Scientific memoirs by medical officers of the Army of India - Part III,
Year: 1887
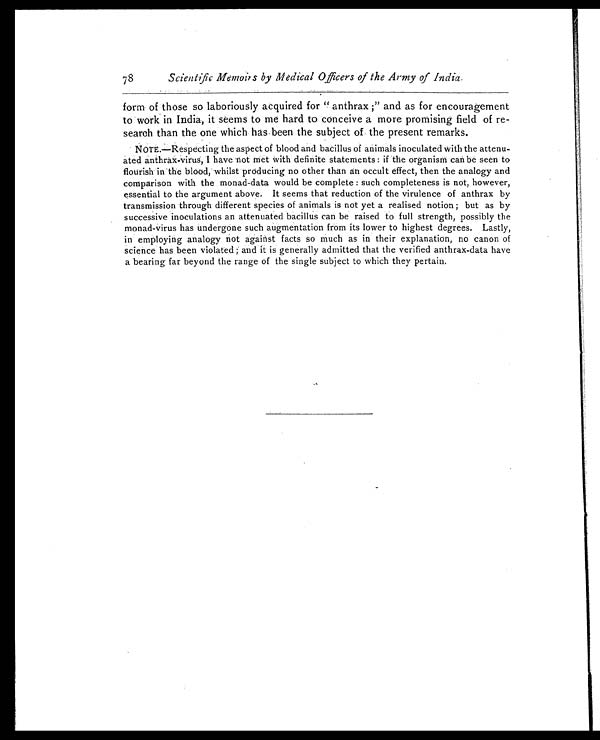
Scientific Memoirs by Medical Officers of the Army of India.
form of those so laboriously acquired for " anthrax ;" and as for encouragement
to work in India, it seems to me hard to conceive a more promising field of re-
search than the one which has been the subject of the present remarks.
NOTE.—Respecting the aspect of blood and bacillus of animals inoculated with the attenu-
ated anthrax-virus, I have not met with definite statements : if the organism can be seen to
flourish in the blood, whilst producing no other than an occult effect, then the analogy and
comparison with the monad-data would be complete : such completeness is not, however,
essential to the argument above. It seems that reduction of the virulence of anthrax by
transmission through different species of animals is not yet a realised notion ; but as by
successive inoculations an attenuated bacillus can be raised to full strength, possibly the
monad-virus has undergone such augmentation from its lower to highest degrees. Lastly,
in employing analogy riot against facts so much as in their explanation, no canon of
science has been violated ; and it is generally admitted that the verified anthrax-data have
a bearing far beyond the range of the single subject to which they pertain.
78